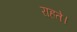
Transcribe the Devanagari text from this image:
राहते।